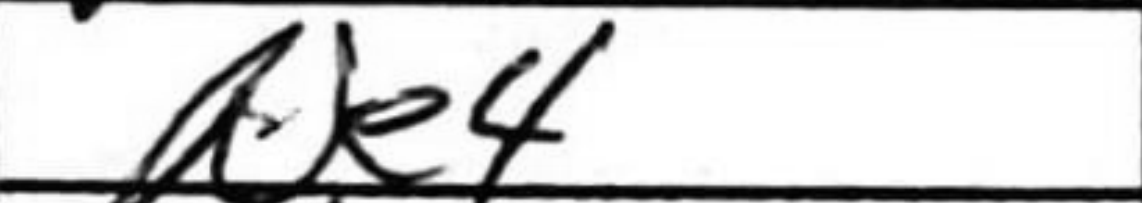
Transcription: Ne4